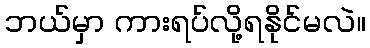
ဘယ်မှာ ကားရပ်လို့ရနိုင်မလဲ။